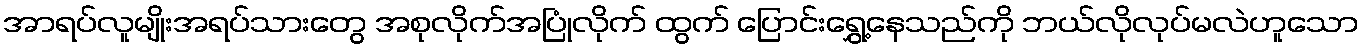
အာရပ်လူမျိုးအရပ်သားတွေ အစုလိုက်အပြုံလိုက် ထွက် ပြောင်းရွှေ့နေသည်ကို ဘယ်လိုလုပ်မလဲဟူသော